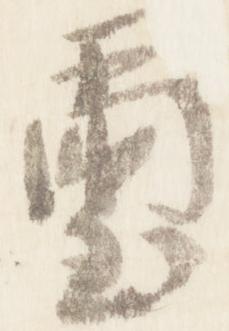
璽